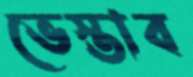
ভেস্তাব